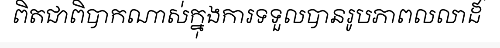
ពិតជាពិបាកណាស់ក្នុងការទទួលបានរូបភាពលលាដ៍